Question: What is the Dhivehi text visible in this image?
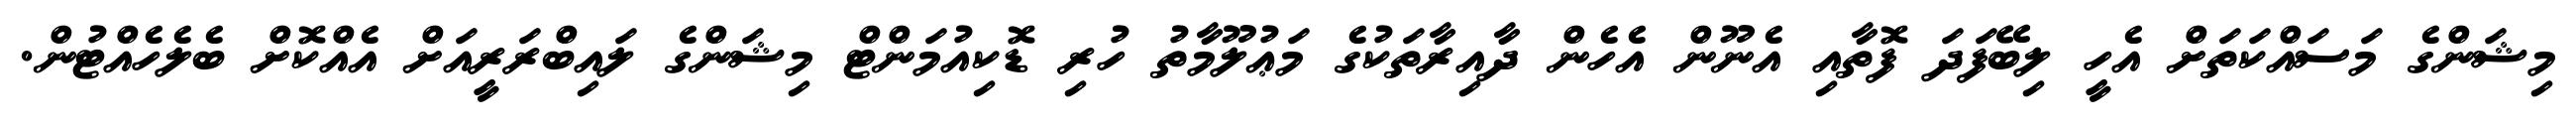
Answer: މިޝަންގެ މަސައްކަތަށް އެހީ ލިބޭފަދަ ފޮތާއި އެނޫން އެހެން ދާއިރާތަކުގެ މަޢުލޫމާތު ހުރި ޑޮކިއުމަންޓް މިޝަންގެ ލައިބްރަރީއަށް އެއްކޮށް ބެލެހެއްޓުން.